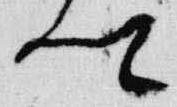
卿